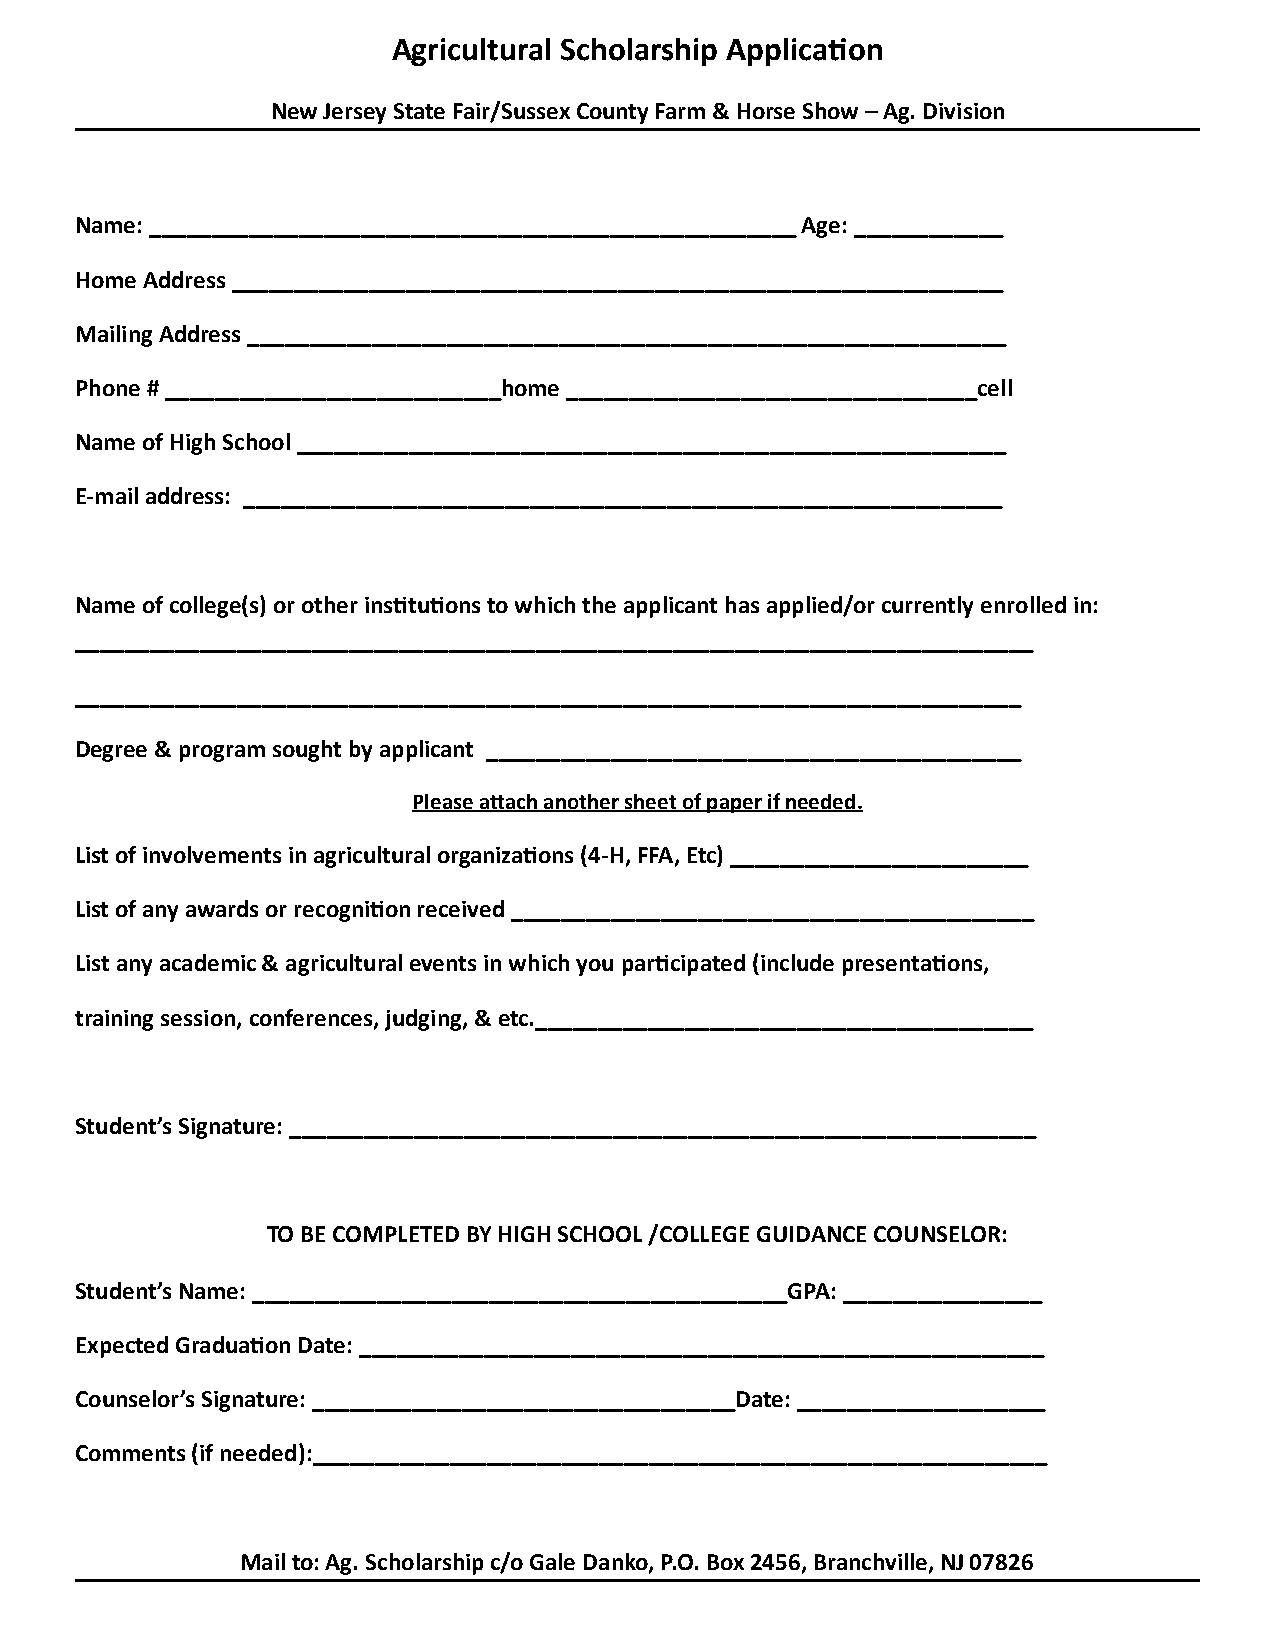
Agricultural Scholarship ApplicaQon
 New Jersey State Fair/Sussex County Farm & Horse Show – Ag. Division
 Name: ____________________________________________________ Age: ____________
 Home Address ______________________________________________________________
 Mailing Address _____________________________________________________________
 Phone # ___________________________home _________________________________cell
 Name of High School _________________________________________________________
 E-mail address: _____________________________________________________________
 Name of college(s) or other insQtuQons to which the applicant has applied/or currently enrolled in:
 _____________________________________________________________________________
 ____________________________________________________________________________
 Degree & program sought by applicant ___________________________________________
 Please aTach another sheet of paper if needed.
 List of involvements in agricultural organizaQons (4-H, FFA, Etc) ________________________
 List of any awards or recogniQon received __________________________________________
 List any academic & agricultural events in which you parQcipated (include presentaQons,
 training session, conferences, judging, & etc.________________________________________
 Student’s Signature: ____________________________________________________________
 TO BE COMPLETED BY HIGH SCHOOL /COLLEGE GUIDANCE COUNSELOR:
 Student’s Name: ___________________________________________GPA: ________________
 Expected GraduaQon Date: _______________________________________________________
 Counselor’s Signature: __________________________________Date: ____________________
 Comments (if needed):___________________________________________________________
 Mail to: Ag. Scholarship c/o Gale Danko, P.O. Box 2456, Branchville, NJ 07826